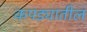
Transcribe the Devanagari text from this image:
कपड्यातील